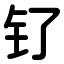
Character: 钌